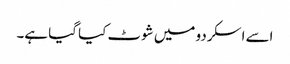
اسے اسکردو میں شوٹ کیا گیا ہے۔